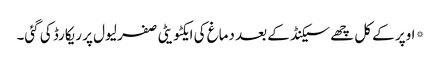
*اوپر کے کل چھے سیکنڈ کے بعد دماغ کی ایکٹویٹی صفر لیول پر ریکارڈ کی گئی۔